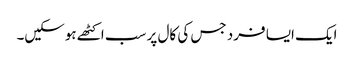
ایک ایسا فرد جس کی کال پر سب اکٹھے ہوسکیں۔